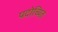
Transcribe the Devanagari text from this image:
पदोच्यित